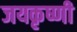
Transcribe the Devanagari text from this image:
जयकृष्णी